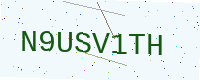
Text: N9USV1TH